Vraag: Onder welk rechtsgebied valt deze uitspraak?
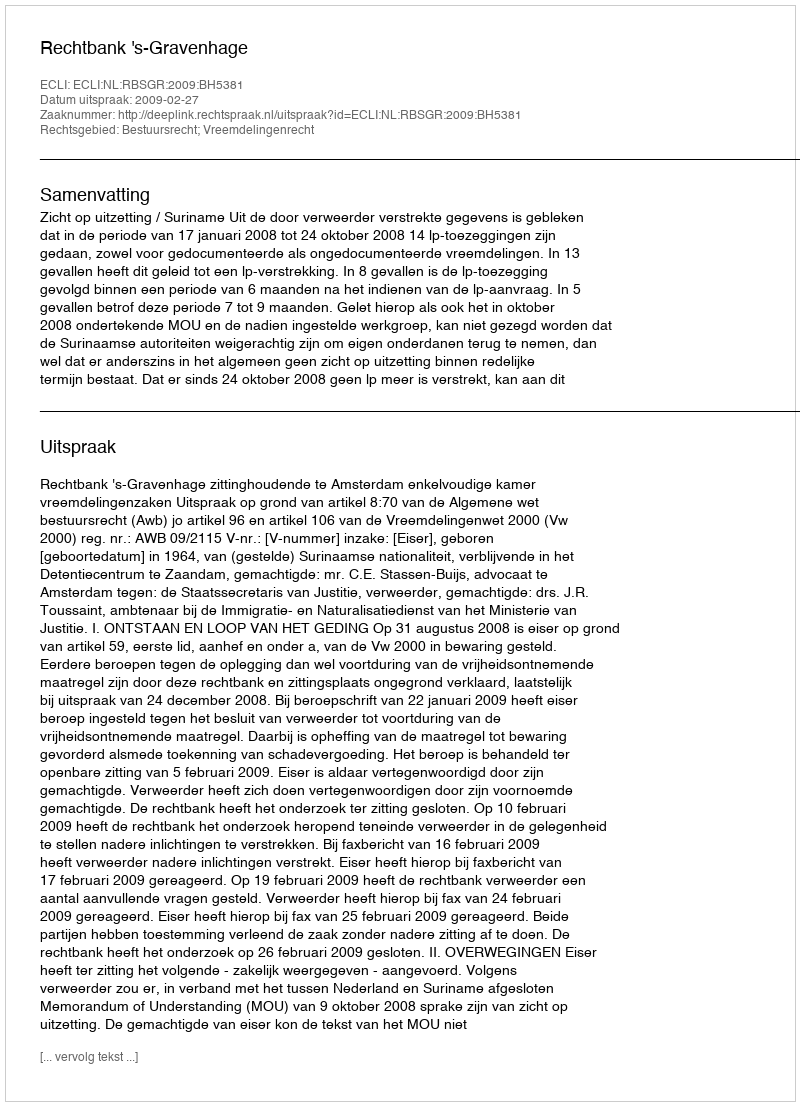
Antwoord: Bestuursrecht; Vreemdelingenrecht